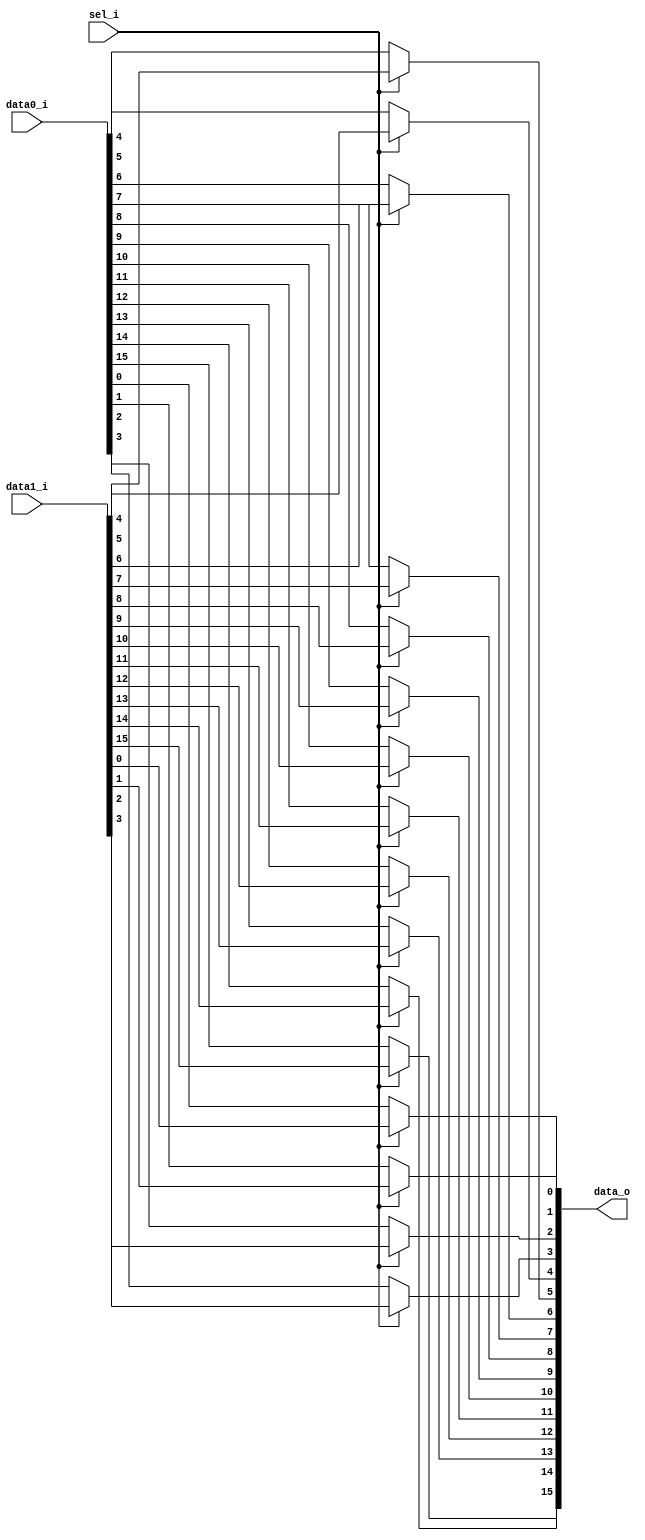
// This program was cloned from: https://github.com/chipsalliance/UHDM-integration-tests
// License: Apache License 2.0

/* Generated by Yosys 0.27+9 (git sha1 101d19bb6, gcc 11.2.0-7ubuntu2 -fPIC -Os) */

(* top =  1  *)

module bsg_mux_segmented(data0_i, data1_i, sel_i, data_o);
  
  input [15:0] data0_i;
  wire [15:0] data0_i;
  
  input [15:0] data1_i;
  wire [15:0] data1_i;
  
  output [15:0] data_o;
  wire [15:0] data_o;
  
  input sel_i;
  wire sel_i;
  assign data_o[4] = sel_i ? data1_i[4] : data0_i[4];
  assign data_o[5] = sel_i ? data1_i[5] : data0_i[5];
  assign data_o[6] = sel_i ? data1_i[6] : data0_i[6];
  assign data_o[7] = sel_i ? data1_i[7] : data0_i[7];
  assign data_o[8] = sel_i ? data1_i[8] : data0_i[8];
  assign data_o[9] = sel_i ? data1_i[9] : data0_i[9];
  assign data_o[10] = sel_i ? data1_i[10] : data0_i[10];
  assign data_o[11] = sel_i ? data1_i[11] : data0_i[11];
  assign data_o[12] = sel_i ? data1_i[12] : data0_i[12];
  assign data_o[13] = sel_i ? data1_i[13] : data0_i[13];
  assign data_o[14] = sel_i ? data1_i[14] : data0_i[14];
  assign data_o[15] = sel_i ? data1_i[15] : data0_i[15];
  assign data_o[0] = sel_i ? data1_i[0] : data0_i[0];
  assign data_o[1] = sel_i ? data1_i[1] : data0_i[1];
  assign data_o[2] = sel_i ? data1_i[2] : data0_i[2];
  assign data_o[3] = sel_i ? data1_i[3] : data0_i[3];
endmodule